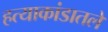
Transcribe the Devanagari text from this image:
हत्याकांडातले